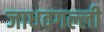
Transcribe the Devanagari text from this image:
जाधवगल्ली